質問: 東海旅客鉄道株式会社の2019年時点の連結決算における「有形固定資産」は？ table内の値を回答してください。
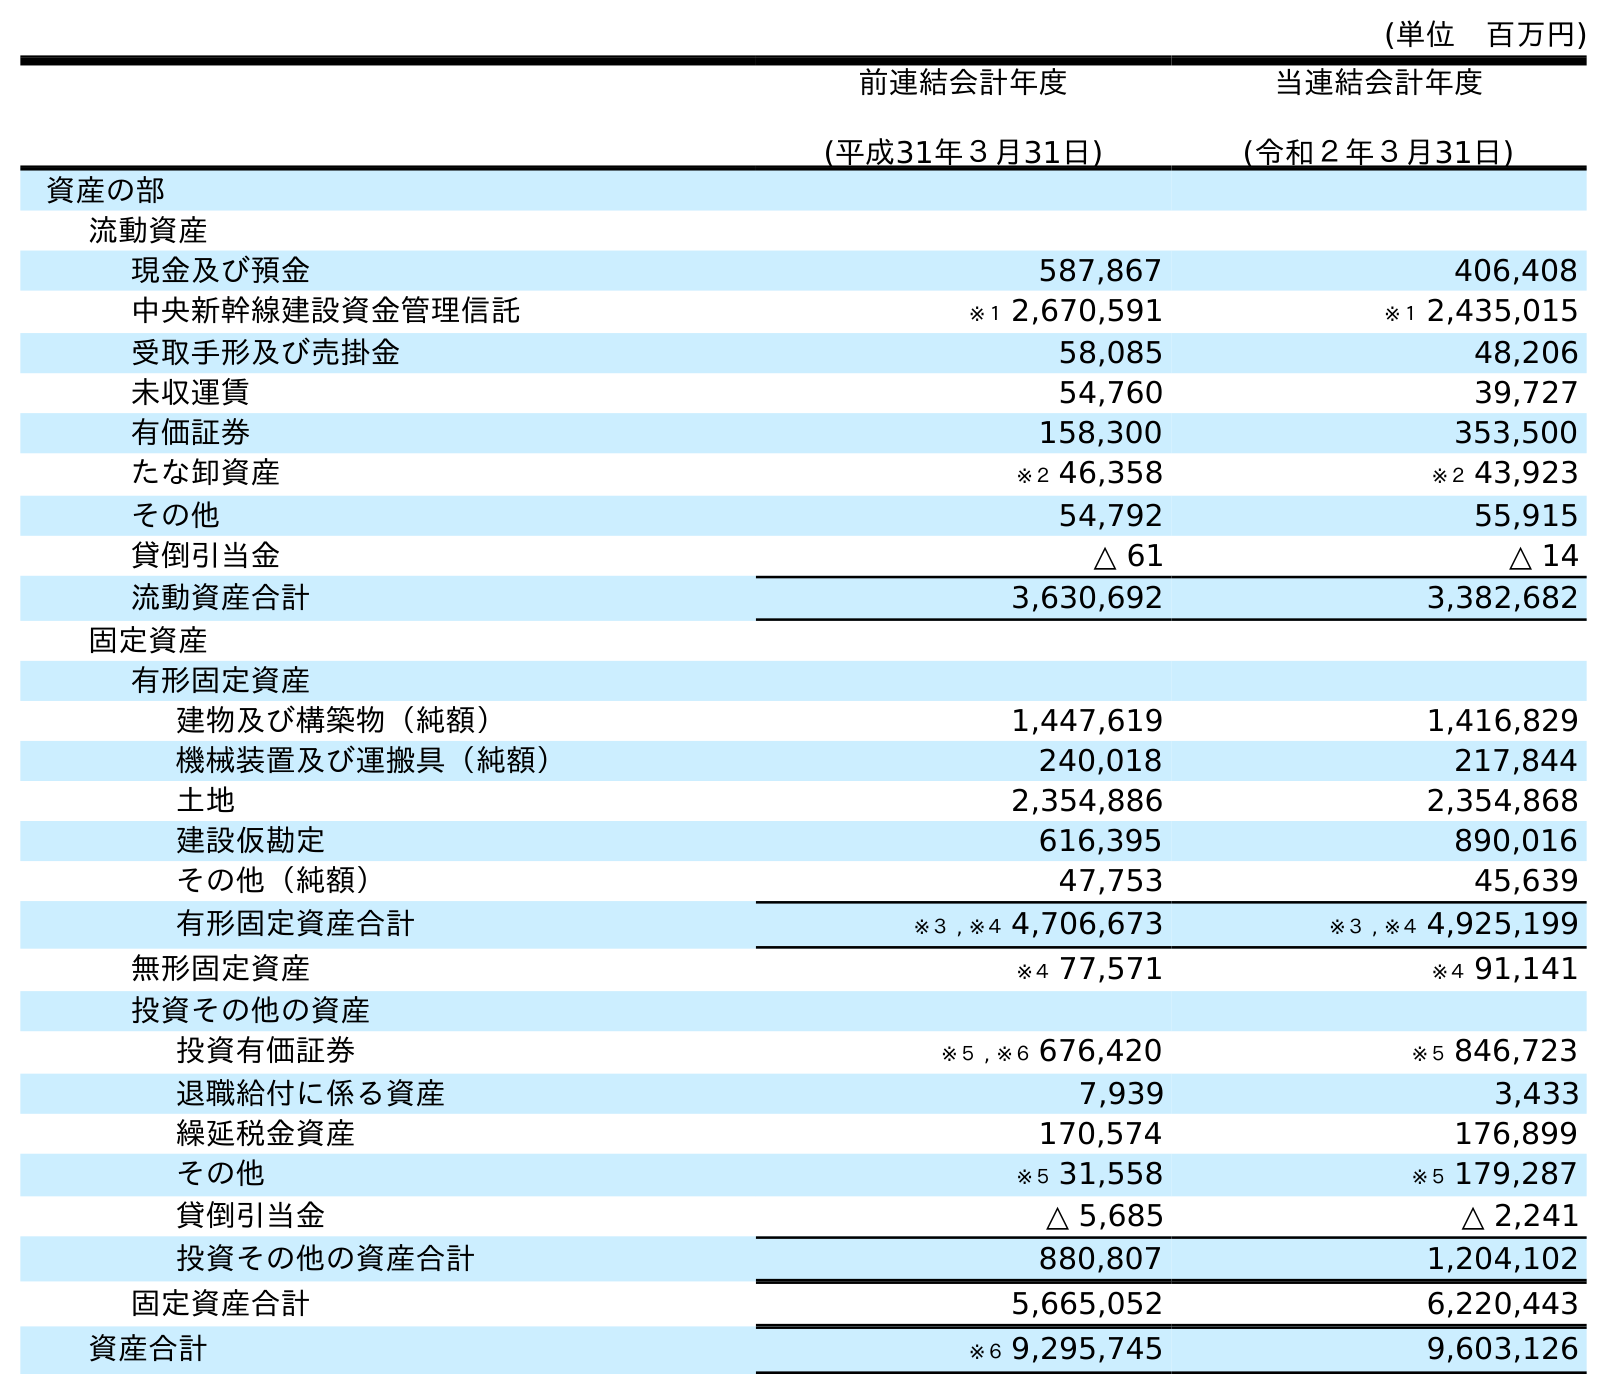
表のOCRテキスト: (単位 百万円) 前連結会計年度 (平成31年３月31日) 当連結会計年度 (令和２年３月31日) 資産の部 流動資産 現金及び預金 587,867 406,408 中央新幹線建設資金管理信託 ※１ 2,670,591 ※１ 2,435,015 受取手形及び売掛金 58,085 48,206 未収運賃 54,760 39,727 有価証券 158,300 353,500 たな卸資産 ※２ 46,358 ※２ 43,923 その他 54,792 55,915 貸倒引当金 △ 61 △ 14 流動資産合計 3,630,692 3,382,682 固定資産 有形固定資産 建物及び構築物（純額） 1,447,619 1,416,829 機械装置及び運搬具（純額） 240,018 217,844 土地 2,354,886 2,354,868 建設仮勘定 616,395 890,016 その他（純額） 47,753 45,639 有形固定資産合計 ※３ , ※４ 4,706,673 ※３ , ※４ 4,925,199 無形固定資産 ※４ 77,571 ※４ 91,141 投資その他の資産 投資有価証券 ※５ , ※６ 676,420 ※５ 846,723 退職給付に係る資産 7,939 3,433 繰延税金資産 170,574 176,899 その他 ※５ 31,558 ※５ 179,287 貸倒引当金 △ 5,685 △ 2,241 投資その他の資産合計 880,807 1,204,102 固定資産合計 5,665,052 6,220,443 資産合計 ※６ 9,295,745 9,603,126
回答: ※３,※４4,706,673